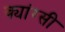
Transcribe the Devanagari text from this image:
क्यांग्सी